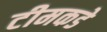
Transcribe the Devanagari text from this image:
टीमकडे